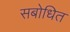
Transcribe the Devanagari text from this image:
सबोधित